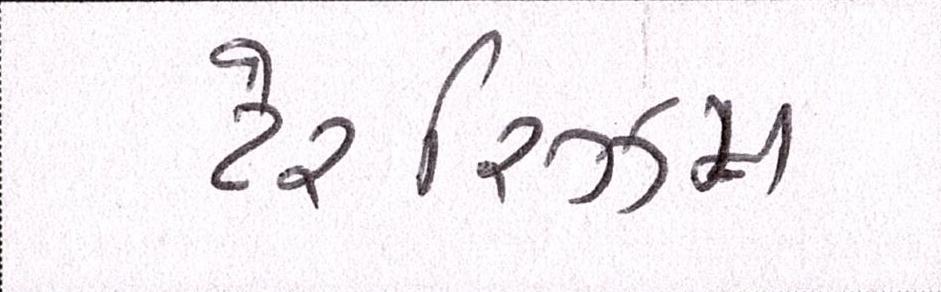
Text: ટેરરિઝમ